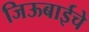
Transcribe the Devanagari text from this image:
जिऊबाईचे